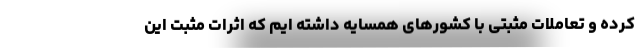
کرده و تعاملات مثبتی با کشورهای همسایه داشته ایم که اثرات مثبت این